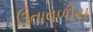
ઉતાવળીય